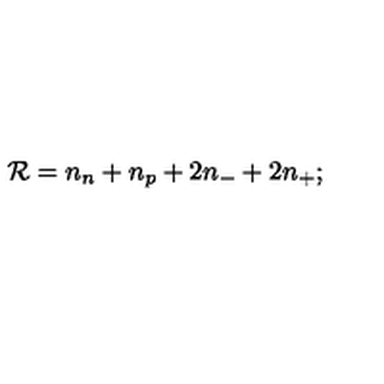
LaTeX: { \cal R } = n _ { n } + n _ { p } + 2 n _ { - } + 2 n _ { + } ;